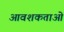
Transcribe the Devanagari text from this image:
आवशकताओं